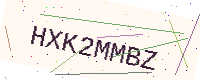
Text: HXK2MMBZ